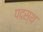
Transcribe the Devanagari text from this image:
पदस्‍थ